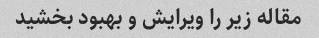
مقاله زیر را ویرایش و بهبود بخشید